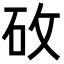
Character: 𬑿